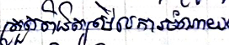
ត្រួតពិនិត្យមើលការចំណាយ